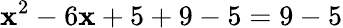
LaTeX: \mathbf{x}^{2}-6\mathbf{x}+5+9-5=9-5